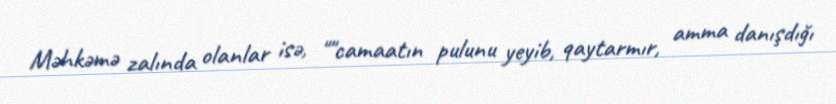
Məhkəmə zalında olanlar isə, ""camaatın pulunu yeyib, qaytarmır, amma danışdığı